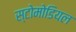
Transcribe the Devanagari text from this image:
स्टोमोडियल